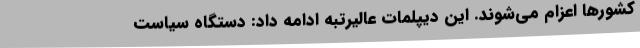
کشورها اعزام می‌شوند. این دیپلمات عالیرتبه ادامه داد: دستگاه سیاست